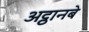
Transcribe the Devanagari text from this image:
अट्ठानबे